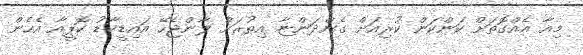
މިއާ އެއްގޮތަށް ކަންކަން ކުރިއަށް ގެންދަންޏާ އިތުރަށް ލާންޖެހޭ އައިޑީކާޑު ކޮޕީއާ އެހެން